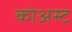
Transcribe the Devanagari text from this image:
कोअस्ट